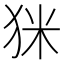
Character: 𤝸